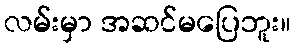
လမ်းမှာ အဆင်မပြေဘူး။